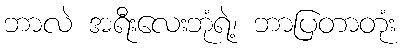
ဘာလဲ အရီးလေးဘုံရဲ့၊ ဘာပြတာတုံး